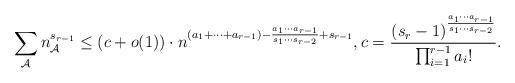
LaTeX: \begin{align*}\sum_{\mathcal{A}}n_{\mathcal{A}}^{s_{r-1}}\le (c+o(1))\cdot n^{(a_1+\cdots+a_{r-1})-\frac{a_1\cdots a_{r-1}}{s_1 \cdots s_{r-2}}+s_{r-1}}, c=\frac{(s_r-1)^{\frac{a_1\cdots a_{r-1}}{s_1\cdots s_{r-2}}}}{\prod_{i=1}^{r-1} a_i!}.\end{align*}